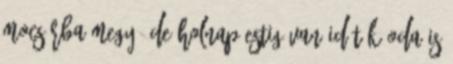
mocsárba megy, de holnap estig van időtök oda is